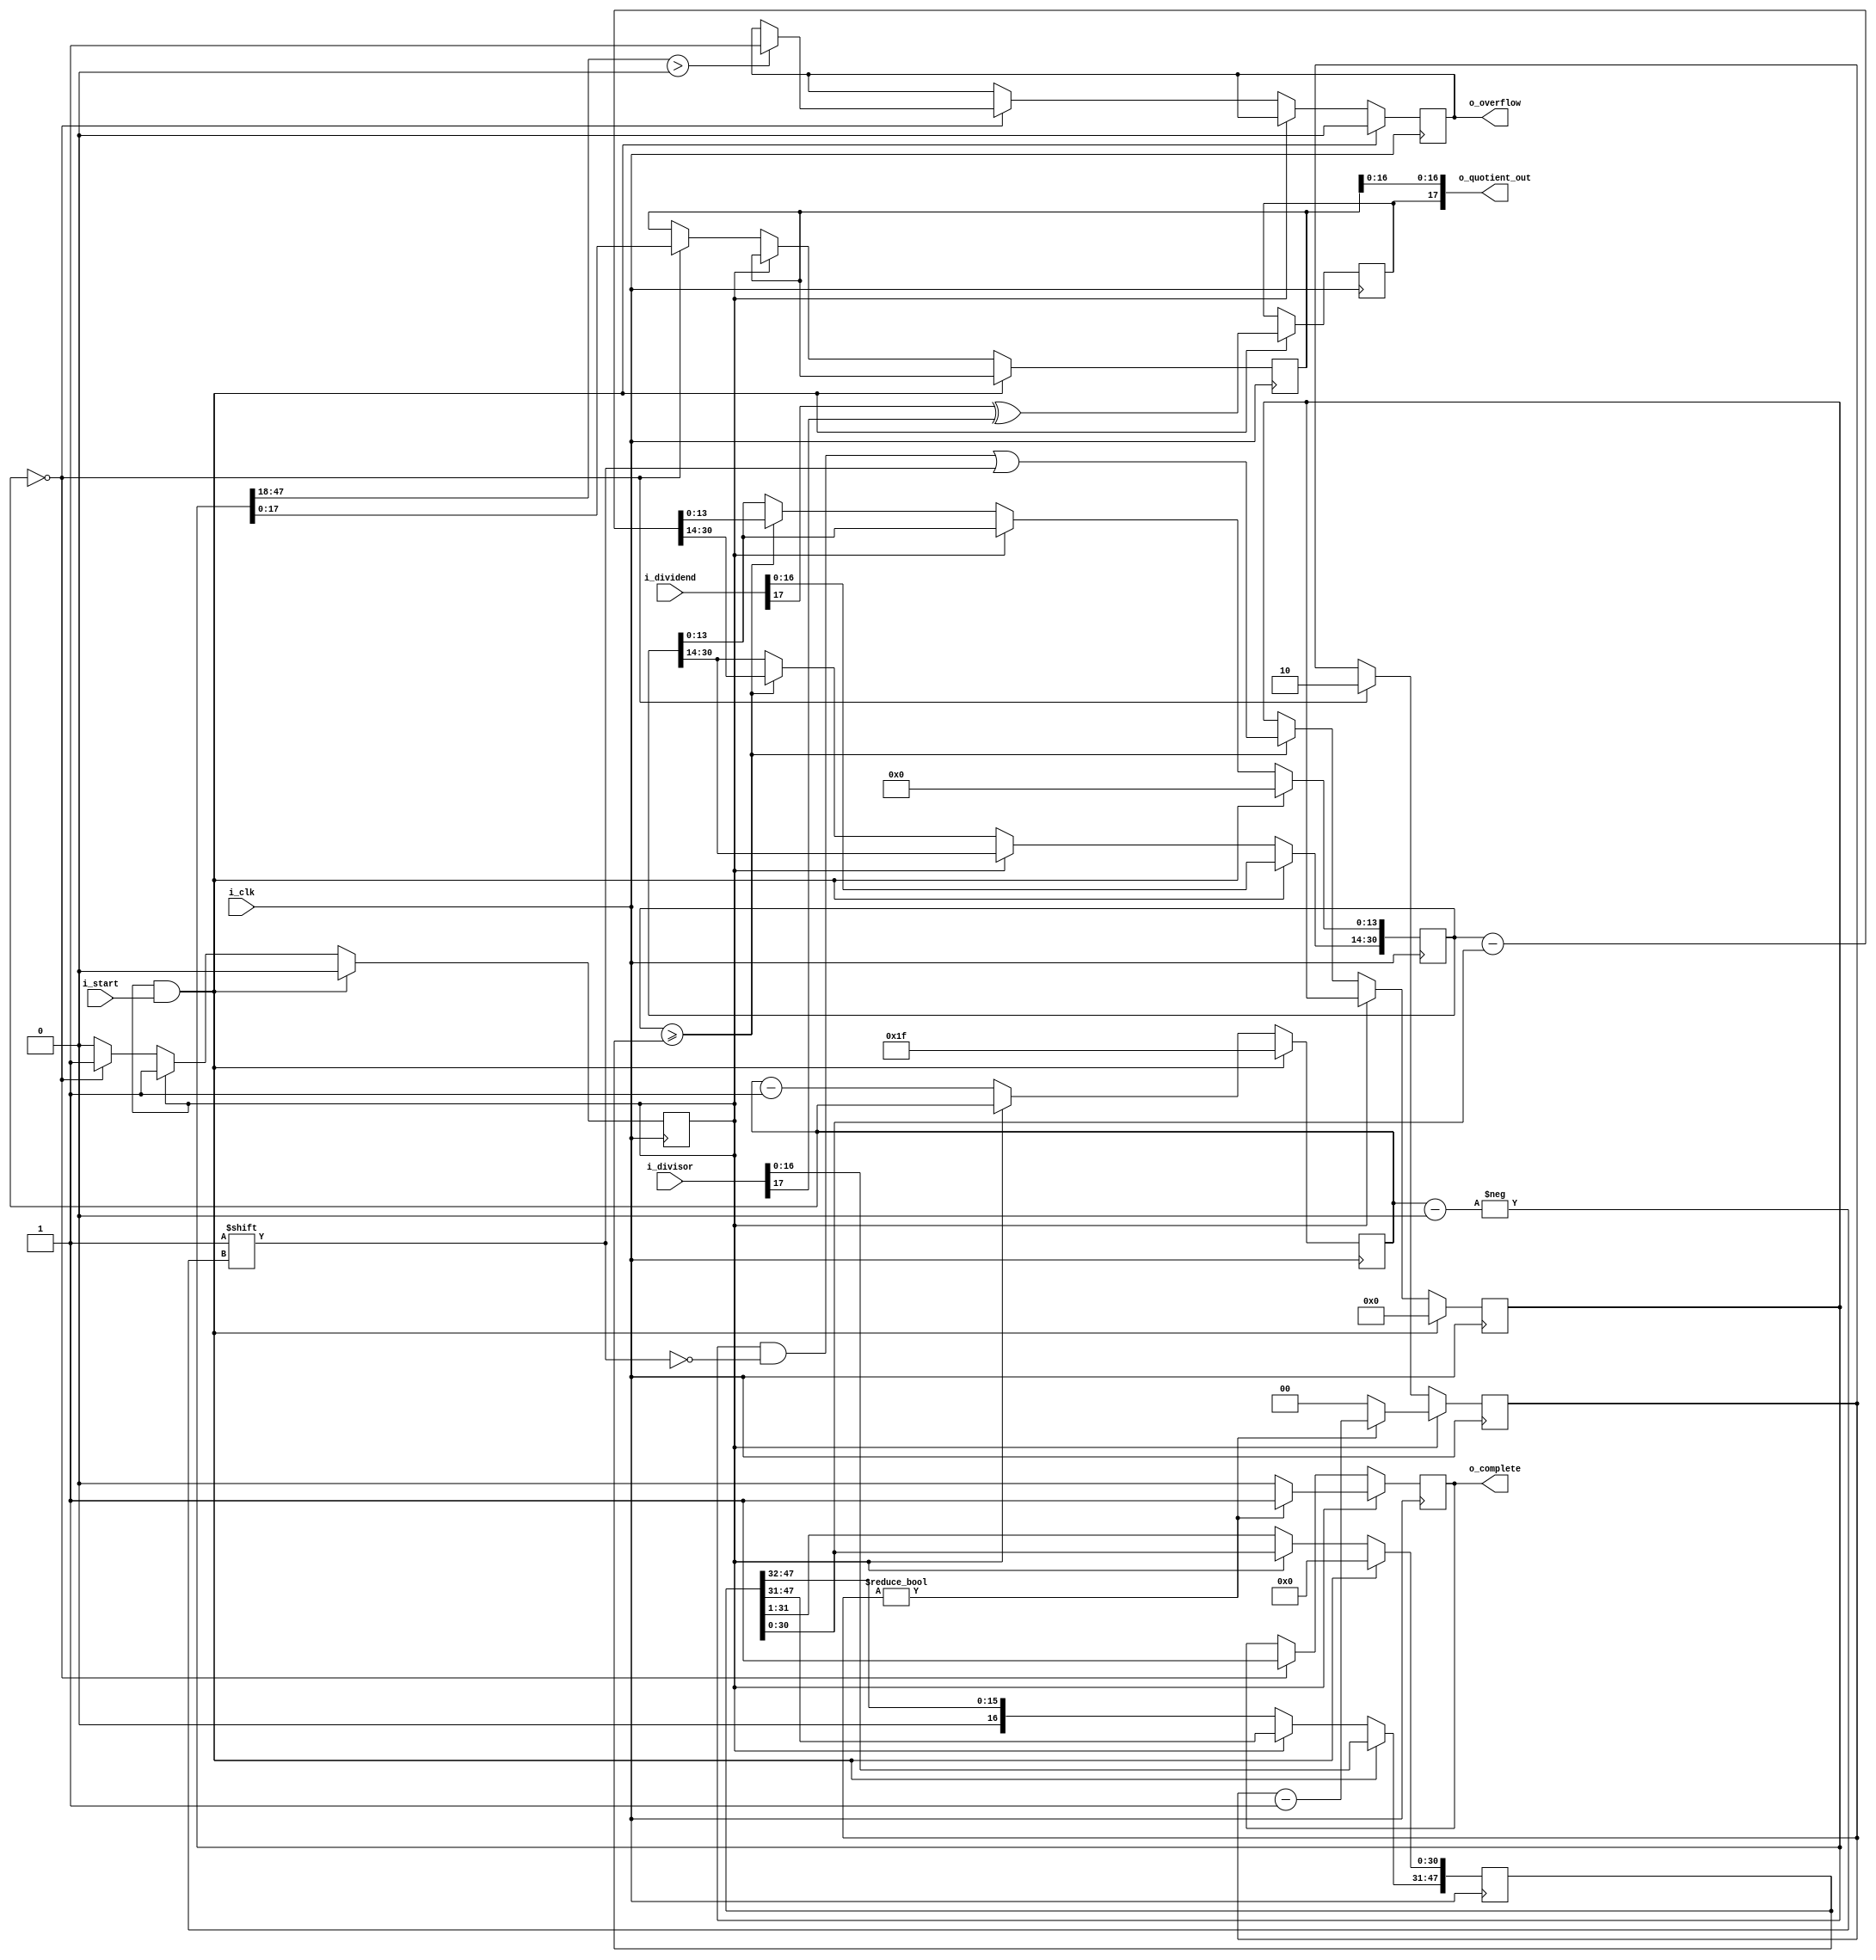
//******************************************************************************
// Copyright (c) 2014 - 2018, 2019 - 2021, Indian Institute of Science, Bangalore.
// All Rights Reserved. See LICENSE for license details.
//------------------------------------------------------------------------------

// Contributors
// Naveen Chander V (naveenv@alum.iisc.ac.in)
// Akshay Birari (akshay@alum.iisc.ac.in), Piyush Birla (piyush@alum.iisc.ac.in)
// Suseela Budi (suseela@alum.iisc.ac.in), Pradeep Gupta (gupta@alum.iisc.ac.in)
// Kavya Sharat (kavyasharat@alum.iisc.ac.in), Sumeet Bandishte (sumeet.bandishte30@gmail.com)
// Kuruvilla Varghese (kuru@iisc.ac.in)
`timescale 1ns / 1ps
//////////////////////////////////////////////////////////////////////////////////
// Company: 
// Engineer: 
// 
// Design Name: 
// Module Name: div_4_14
// Project Name: 
// Target Devices: 
// Tool Versions: 
// Description: 
// 
// Dependencies: 
// 
// Revision:
// Revision 0.01 - File Created
// Additional Comments:
// 
//////////////////////////////////////////////////////////////////////////////////



module div_4_14 #(
	//Parameterized values
	parameter Q = 14,
	parameter N = 18
	)
	(
	input 	[N-1:0] i_dividend,
	input 	[N-1:0] i_divisor,
	input 	i_start,
	input 	i_clk,
//	output 	reg [N-1:0] o_quotient_out,
	output 	[N-1:0] o_quotient_out,
	output 	o_complete,
	output	o_overflow
	);
 
	reg [2*N+Q-3:0]	reg_working_quotient;	//	Our working copy of the quotient
	reg [N-1:0] 		reg_quotient;				//	Final quotient
	reg [N-2+Q:0] 		reg_working_dividend;	//	Working copy of the dividend
	reg [2*N+Q-3:0]	reg_working_divisor;		// Working copy of the divisor
 
	reg [N-1:0] 			reg_count; 		//	This is obviously a lot bigger than it needs to be, as we only need 
													//		count to N-1+Q but, computing that number of bits requires a 
													//		logarithm (base 2), and I don't know how to do that in a 
													//		way that will work for everyone
										 
	reg					reg_done;			//	Computation completed flag
	reg					reg_sign;			//	The quotient's sign bit
	reg					reg_overflow;		//	Overflow flag

	reg                 done;               // ** defined by me **
 
	initial reg_done = 1'b1;				//	Initial state is to not be doing anything
	initial reg_overflow = 1'b0;			//		And there should be no woverflow present
	initial reg_sign = 1'b0;				//		And the sign should be positive

    initial done = 1'b0;
	initial reg_working_quotient = 0;	
	initial reg_quotient = 0;				
	initial reg_working_dividend = 0;	
	initial reg_working_divisor = 0;		
 	initial reg_count = 0; 		

 
	assign o_quotient_out[N-2:0] = reg_quotient[N-2:0];	//	The division results
	assign o_quotient_out[N-1] = reg_sign;						//	The sign of the quotient

//    always @(*)
//    begin
//        if(!done) begin
//            o_quotient_out[N-2:0] = reg_quotient[N-2:0];
//            o_quotient_out[N-1] = reg_sign;
//            end
//        end


//	assign o_complete = reg_done;                    // ** changed by me ** //
    assign o_complete = done;                        // ** changed by me ** //
	assign o_overflow = reg_overflow;
 
	always @( posedge i_clk ) begin
//	always @( posedge i_clk or negedge i_clk ) begin
		if( reg_done && i_start ) begin										//	This is our startup condition
			//  Need to check for a divide by zero right here, I think....
			reg_done <= 1'b0;												//	We're not done			
			reg_count <= N+Q-1;											//	Set the count
			reg_working_quotient <= 0;									//	Clear out the quotient register
			reg_working_dividend <= 0;									//	Clear out the dividend register 
			reg_working_divisor <= 0;									//	Clear out the divisor register 
			reg_overflow <= 1'b0;										//	Clear the overflow register

			reg_working_dividend[N+Q-2:Q] <= i_dividend[N-2:0];				//	Left-align the dividend in its working register
			reg_working_divisor[2*N+Q-3:N+Q-1] <= i_divisor[N-2:0];		//	Left-align the divisor into its working register

			reg_sign <= i_dividend[N-1] ^ i_divisor[N-1];		//	Set the sign bit
			end 
		else if(!reg_done) begin
			reg_working_divisor <= reg_working_divisor >> 1;	//	Right shift the divisor (that is, divide it by two - aka reduce the divisor)
			reg_count <= reg_count - 1;								//	Decrement the count

			//	If the dividend is greater than the divisor
			if(reg_working_dividend >= reg_working_divisor) begin
				reg_working_quotient[reg_count] <= 1'b1;										//	Set the quotient bit
				reg_working_dividend <= reg_working_dividend - reg_working_divisor;	//		and subtract the divisor from the dividend
				end
 
			//stop condition
			if(reg_count == 0) begin
				reg_done <= 1'b1;										//	If we're done, it's time to tell the calling process
				reg_quotient <= reg_working_quotient;			//	Move in our working copy to the outside world
				if (reg_working_quotient[2*N+Q-3:N]>0)
					reg_overflow <= 1'b1;
					end
			else
				reg_count <= reg_count - 1;	
			end
		end
		
/////////////**** fixing the output ****/////////////

//    always @(*)
//    begin
//        if( reg_done && i_start ) begin	
//            o_quotient_out = o_quotient_out;
//            end
//        else if(!reg_done) begin
//            if(reg_count == 0) begin
//                o_quotient_out[N-2:0] = reg_quotient[N-2:0];
//                o_quotient_out[N-1] = reg_sign;
//                end
//            end
//        end
		
/////////////**** done with three i_clk cycle high ****/////////////
    reg [1:0] count;
    always @(posedge i_clk)
    begin
        if(!reg_done) begin
            if(reg_count == 0) begin
//                o_quotient_out[N-2:0] = reg_quotient[N-2:0];
//                o_quotient_out[N-1] = reg_sign;
                done = 1'b1;
                count = 2'd2;
                end
            end
        else if (count != 0) begin
            done = 1'b1;
            count = count - 1;
            end
        else begin
            done = 1'b0;
            count = 0;
            end
        end

endmodule